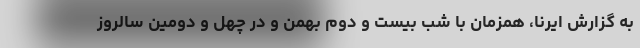
به گزارش ایرنا، همزمان با شب بیست و دوم بهمن و در چهل و دومین سالروز